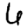
Digit: 6